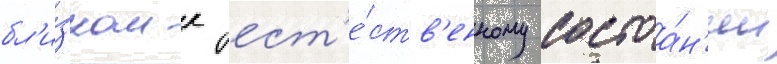
бл'и́зком к ест'е́ств'енному состоа́н'ии